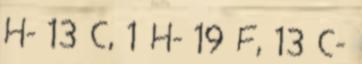
H- 13 C, 1 H- 19 F, 13 C-